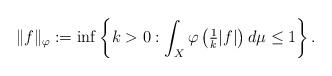
LaTeX: \begin{align*}\|f\|_{\varphi}:=\inf\left\{k>0:\int_X\varphi\left(\tfrac{1}{k}|f|\right)d\mu\leq1\right\}.\end{align*}